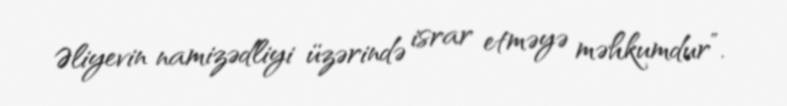
Əliyevin namizədliyi üzərində israr etməyə məhkumdur”.